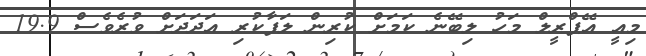
މިއީ އޭޕްރީލް މަހު ލިބޭނެ ކަމަށް ކުރިން ލަފާކުރި އަދަދަށް ވުރެވެސް 19.9